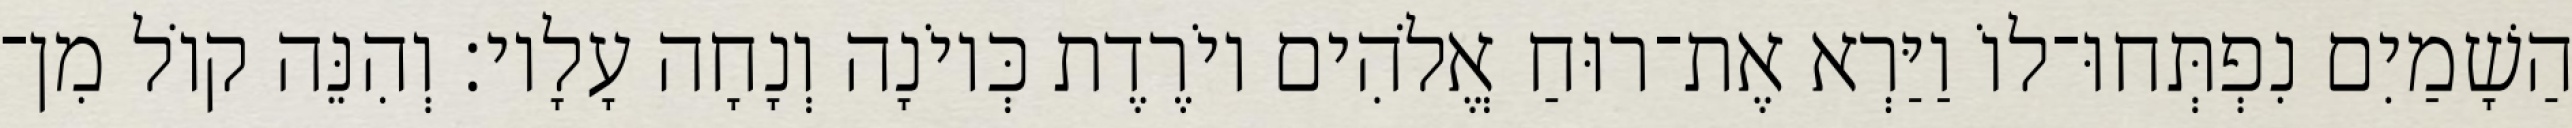
הַשָׁמַיִם נִפְתְּחוּ־לוֹ וַיַּרְא אֶת־רוּחַ אֱלֹהִים יוֹרֶדֶת כְּיוֹנָה וְנָחָה עָלָיו׃ וְהִנֵּה קוֹל מִן־